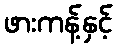
ဖားကန့်နှင့်